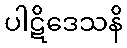
ပါဋိဒေသနိ